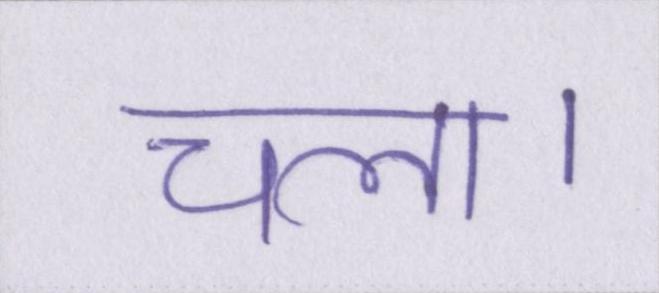
चला।